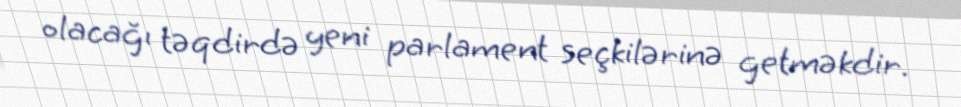
olacağı təqdirdə yeni parlament seçkilərinə getməkdir.